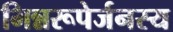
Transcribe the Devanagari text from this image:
भिन्नरूपेर्जनस्य